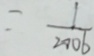
= \frac { 1 } { 2 0 0 6 }